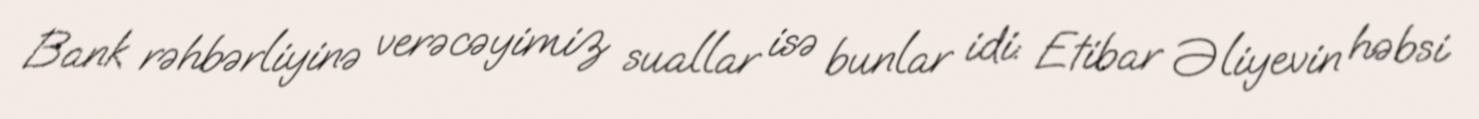
Bank rəhbərliyinə verəcəyimiz suallar isə bunlar idi: Etibar Əliyevin həbsi